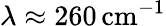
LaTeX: \lambda\approx 260\, \mathrm{cm^{-1}}